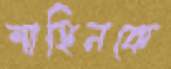
শাহিনকে